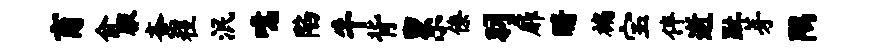
商俞腋紊程泯噫陷牛背累僚羽扉暗褊宝伴逝趾芽隅